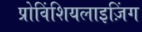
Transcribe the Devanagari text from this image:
प्रोविंशियलाइज़िंग